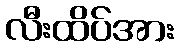
လီးထိပ်အား